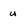
Character: u